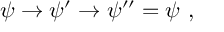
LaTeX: \psi \rightarrow \psi ^ { \prime } \rightarrow \psi ^ { \prime \prime } = \psi ~ ,